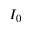
I _ { 0 }